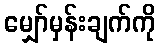
မျှော်မှန်းချက်ကို